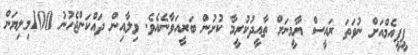
ޕީޕީއެމްއަށް ނުވަތަ ރައީސް ޔާމީނަށް ތާއީދުކުރީމާ ކުށުން ބަރީއަވާނެއެވެ. ވިލާއިން ދައްކަންޖެހުނު 100މިލިޔަން